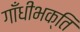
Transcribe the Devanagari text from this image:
गाँधीभक्ति